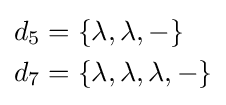
{\begin{aligned}d_{5}&=\{\lambda ,\lambda ,-\}\\d_{7}&=\{\lambda ,\lambda ,\lambda ,-\}\end{aligned}}